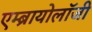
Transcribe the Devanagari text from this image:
एम्ब्रायोलाॅजी